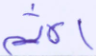
الإثم